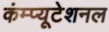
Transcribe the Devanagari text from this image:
कंम्‍प्‍यूटेशनल